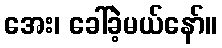
အေး၊ ခေါ်ခဲ့မယ်နော်။